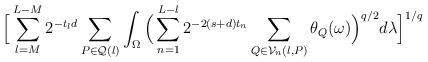
LaTeX: \begin{align*}\Big[ \sum_{l=M}^{L-M}{ 2^{-{t_l}d} \sum_{P\in\mathcal{Q}(l)}{ \int_{\Omega}{ \Big( \sum_{n=1}^{L-l}{2^{-2({s}+d) {t_n}}\sum_{Q\in\mathcal{V}_n(l,P)}{\theta_Q(\omega)} } \Big)^{{q}/{2}} }d\lambda } } \Big]^{{1}/{q}}\end{align*}